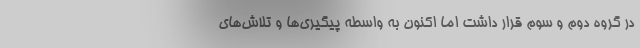
در گروه دوم و سوم قرار داشت اما اکنون به واسطه پیگیری‌ها و تلاش‌های